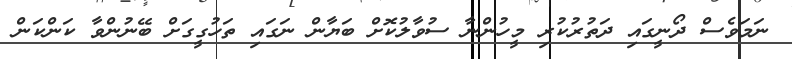
ނަމަވެސް ދޯނީގައި ދަތުރުކުރި މީހުންނާ ސުވާލުކޮށް ބަޔާން ނަގައި ތަހުގީގަށް ބޭނުންވާ ކަންކަން